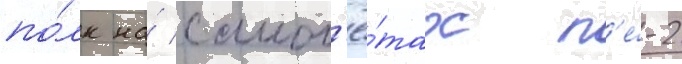
по́лк на́ самол'ё́тах п'е́-2